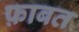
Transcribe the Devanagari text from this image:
फ़ाबत